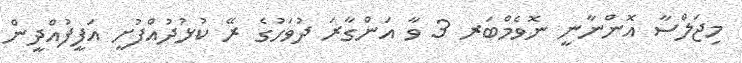
މިޖަލްސާ އޮންނާނީ ނޮވެމްބަރ 3 ވާ އަންގާރަ ދުވަހުގެ ރޭ ކުޅުދުއްފުށީ އަފީފުއްދީން